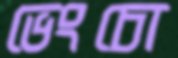
ভেংচো